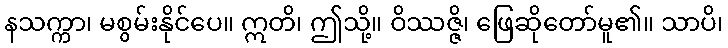
နသက္ကာ၊ မစွမ်းနိုင်ပေ။ ဣတိ၊ ဤသို့။ ဝိဿဇ္ဇိ၊ ဖြေဆိုတော်မူ၏။ သာပိ၊